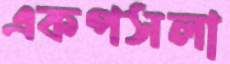
একপসলা